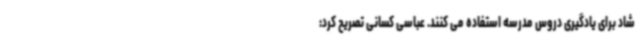
شاد برای یادگیری دروس مدرسه استفاده می کنند. عباسی کسانی تصریح کرد: